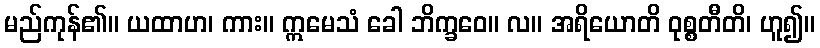
မည်ကုန်၏။ ယထာဟ၊ ကား။ ဣမေသံ ခေါ ဘိက္ခဝေ။ လ။ အရိယောတိ ဝုစ္စတီတိ၊ ဟူ၍။